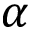
\alpha